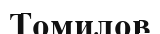
Томилов